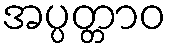
အပ္ပတ္တာဝ